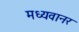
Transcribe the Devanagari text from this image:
मध्यवानर